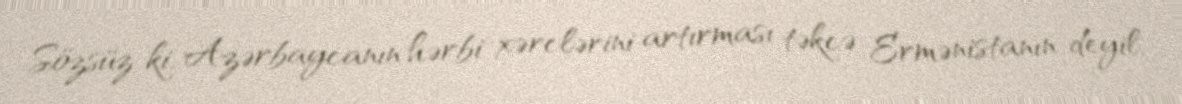
Sözsüz ki, Azərbaycanın hərbi xərclərini artırması təkcə Ermənistanın deyil,